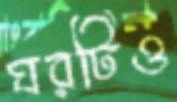
ঘরটিও